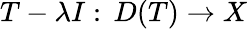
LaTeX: T-\lambda I:\, D(T)\to X